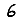
Digit: 6